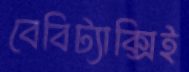
বেবিট্যাক্সিই